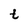
Character: t